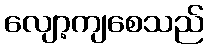
လျော့ကျစေသည်